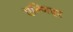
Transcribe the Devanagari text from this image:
एन्गिएर